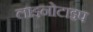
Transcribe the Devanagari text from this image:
लाइनोटाइप